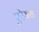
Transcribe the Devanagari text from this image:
एरेयस